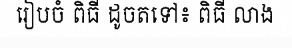
រៀបចំ ពិធី ដូចតទៅ៖ ពិធី លាង